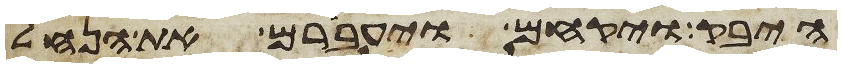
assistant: היבק ויקחם ויעברם את הנחל